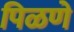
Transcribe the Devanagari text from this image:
पिळणे